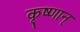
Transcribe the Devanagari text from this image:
कृष्णान्‌